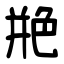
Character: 艵